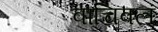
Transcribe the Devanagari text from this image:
वाचिवलं